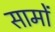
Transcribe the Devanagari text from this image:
सामों